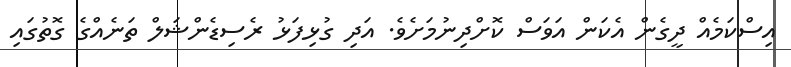
އިސްކަމެއް ދީގެން އެކަން އަވަސް ކޮށްދިނުމަށެވެ. އަދި ގުޅިފަޅު ރެސިޑެންޝަލް ތަނެއްގެ ގޮތުގައި